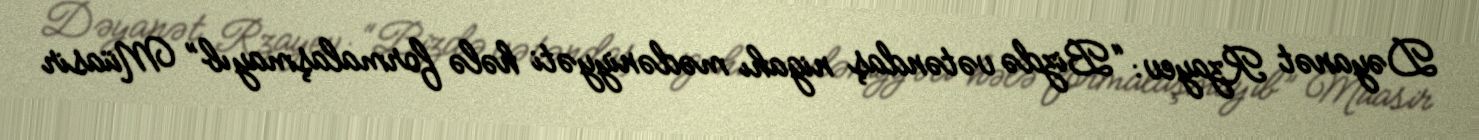
Dəyanət Rzayev: “Bizdə vətəndaş nigahı mədəniyyəti hələ formalaşmayıb” Müasir